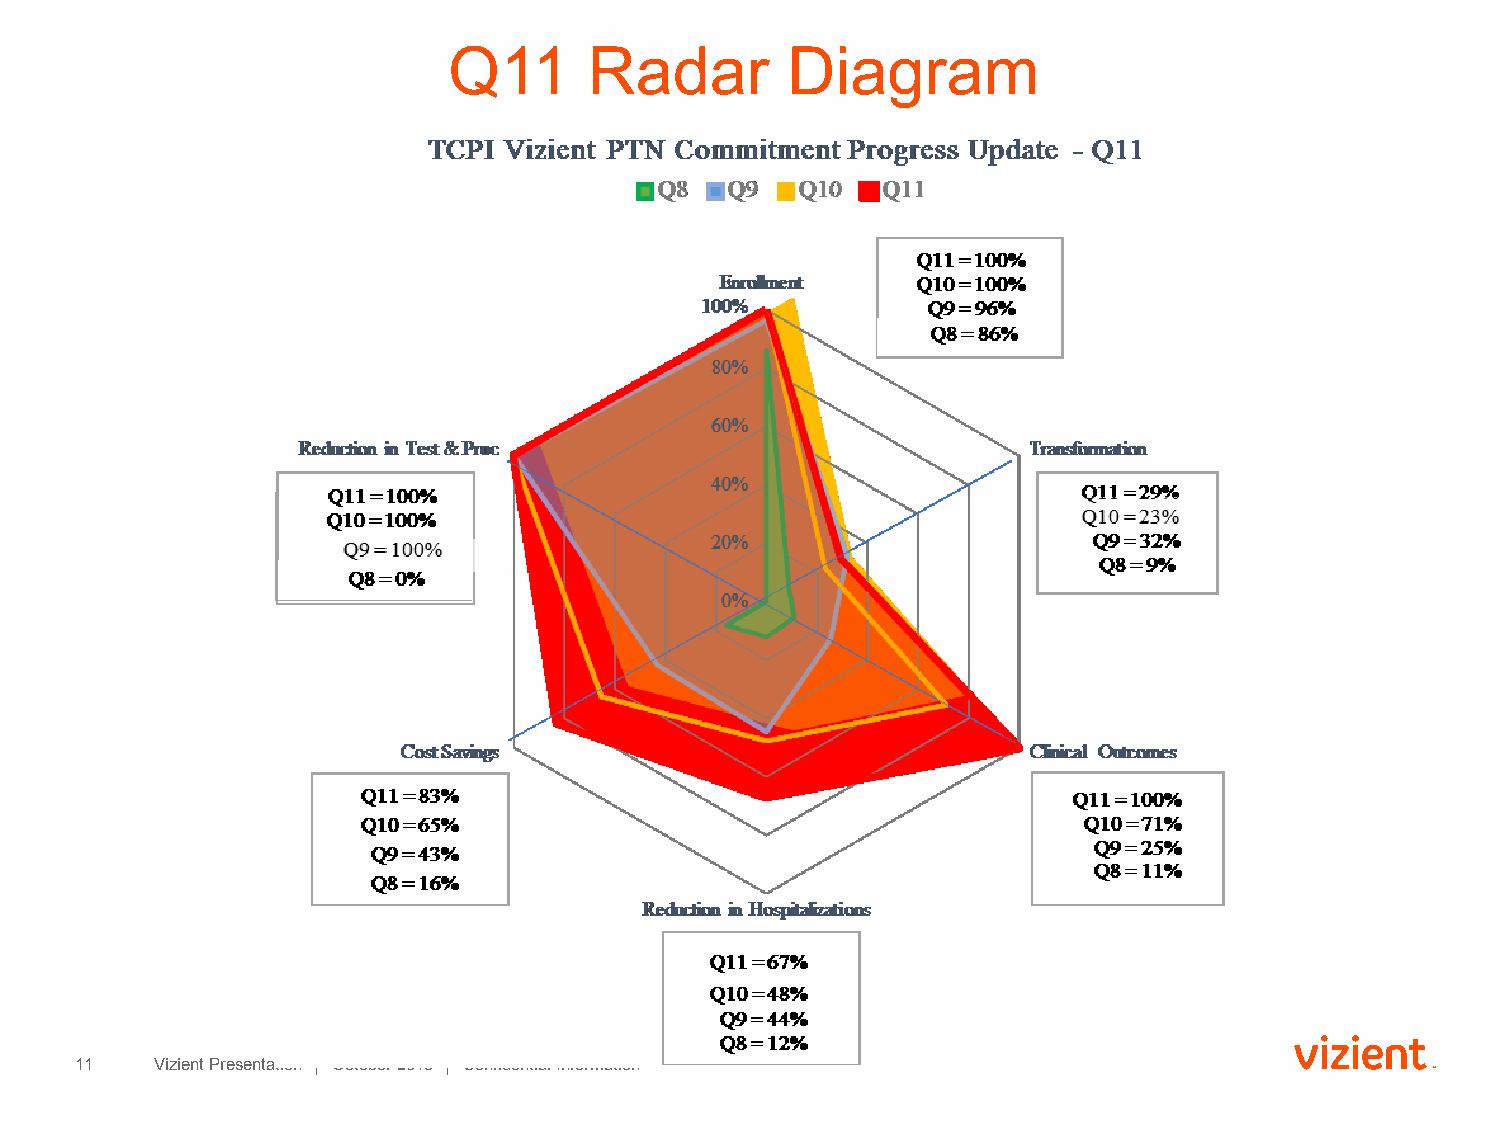
Q11      Radar        Diagram
 11   Vizient Presentation │ October 2018 │ Confidential Information